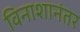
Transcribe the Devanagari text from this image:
विनाशानंतर